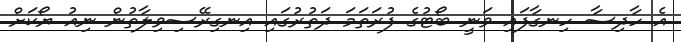
އެ ހާދިސާ ހިނގާފައި ވަނީ ބޯޓުގެ ފުރަތަމަ ދަތުރުގައި އިނގިރޭސިވިލާތުން ނިއު ޔޯކަށް